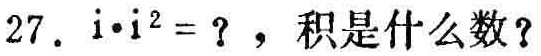
$27.\ i\cdot i^{2}=?，积是什么数？$